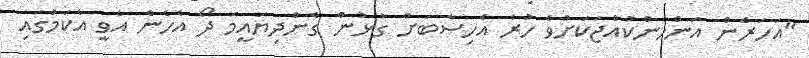
"އަހަރެން އަންހެންކުއްޖަކަށްވެ ހުރެ އެހިސާބަށް ގުޅުން ގެންދިޔައީމަ ދޯ އެހެން އެވީ އެކަމުގައި